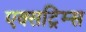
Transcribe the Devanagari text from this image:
एक्सट्रिम्स